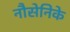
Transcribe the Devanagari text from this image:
नौसेनिके